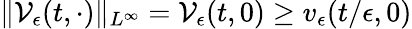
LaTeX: \| \mathcal{V}_{\epsilon}(t,\cdot)\| _{L^{\infty}}=\mathcal{V}_{\epsilon}(t,0)\geq v_{\epsilon}(t/\epsilon,0)